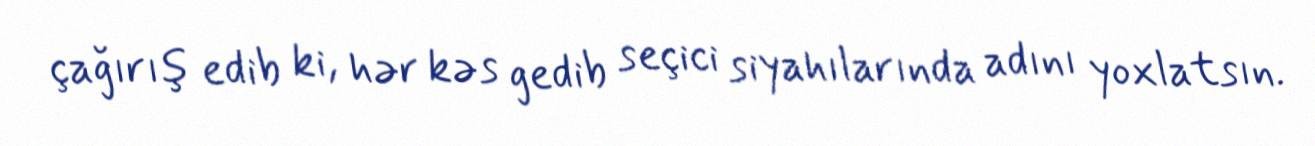
çağırış edib ki, hər kəs gedib seçici siyahılarında adını yoxlatsın.